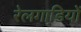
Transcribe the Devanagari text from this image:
रेलगाडि़यों